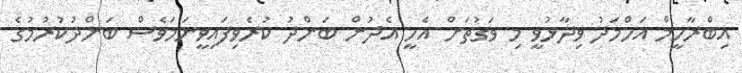
އިބްރާހީމް އަހްމަދު ވިދާޅުވީ މި ވަގުތަށް އެހީ އެދުން ބަންދު ކުރެވިފައިވީނަމަވެސް ބަންދުކުރުމުގެ